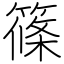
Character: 篠